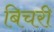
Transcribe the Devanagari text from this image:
बिचरी